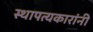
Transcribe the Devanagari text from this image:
स्थापत्यकारांनी